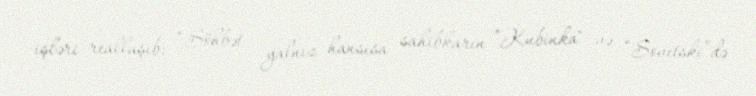
işləri reallaşıb: “Söhbət yalnız hansısa sahibkarın ”Kubinka" və “Sovetski”də